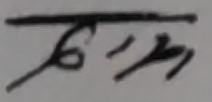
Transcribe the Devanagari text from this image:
सिरेम